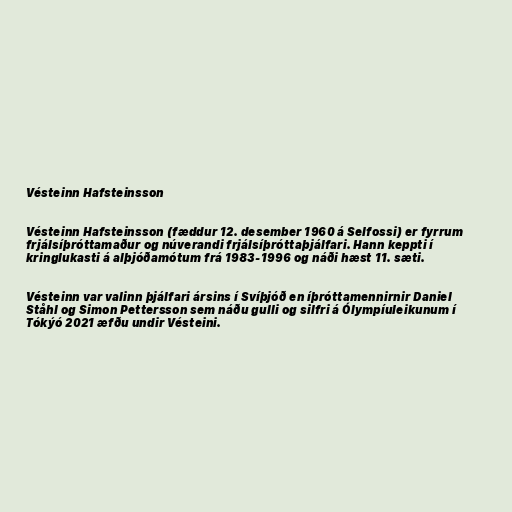
Vésteinn Hafsteinsson

Vésteinn Hafsteinsson (fæddur 12. desember 1960 á Selfossi) er fyrrum
frjálsíþróttamaður og núverandi frjálsíþróttaþjálfari. Hann keppti í
kringlukasti á alþjóðamótum frá 1983-1996 og náði hæst 11. sæti.

Vésteinn var valinn þjálfari ársins í Svíþjóð en íþróttamennirnir Daniel
Ståhl og Simon Pettersson sem náðu gulli og silfri á Ólympíuleikunum í
Tókýó 2021 æfðu undir Vésteini.